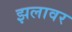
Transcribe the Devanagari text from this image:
झलावर